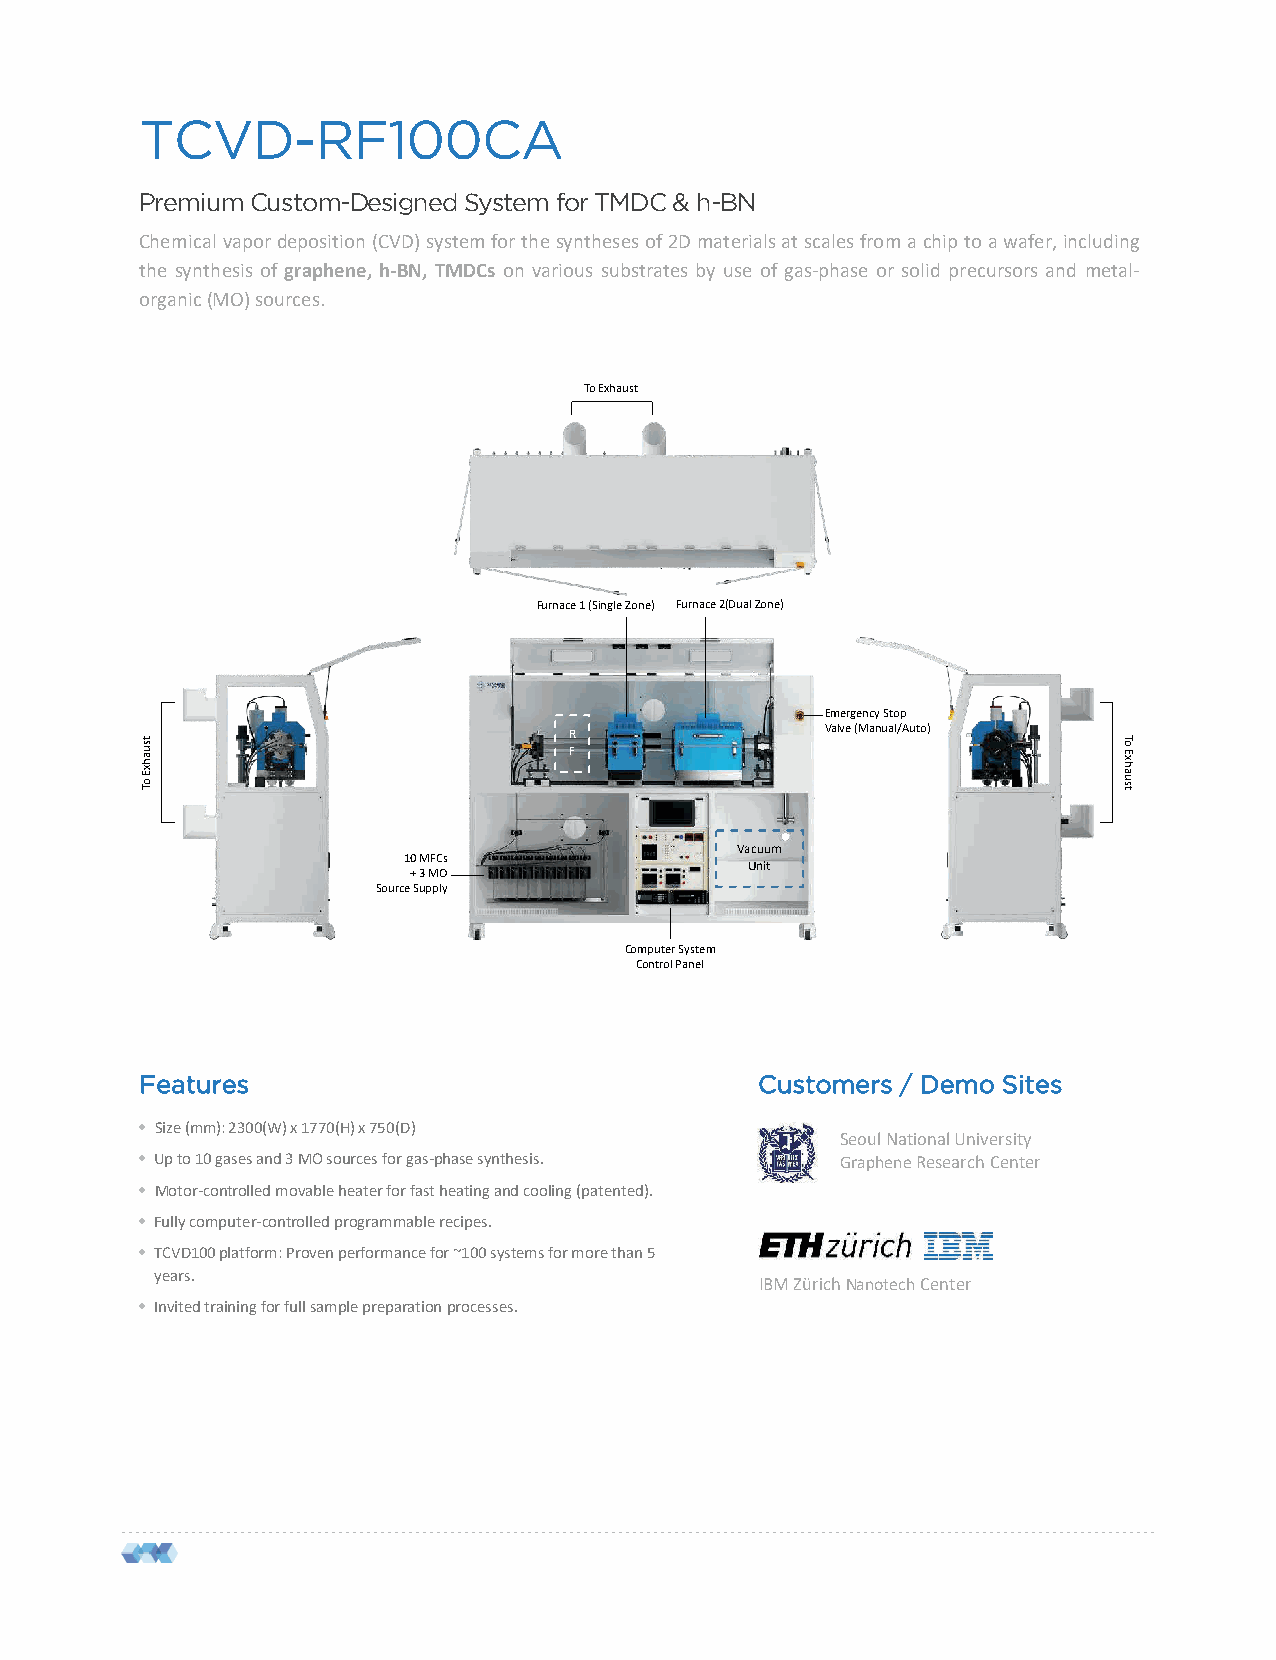
TCVD-RF100CA
 Premium Custom-Designed System for TMDC & h-BN
 Chemicalvapordeposition(CVD)systemforthesynthesesof2Dmaterialsatscalesfromachiptoawafer,including
 the synthesis of graphene, h-BN, TMDCs on various substrates by use of gas-phase or solid precursors and metal-
 organic(MO)sources.
 To Exhaust
 Furnace 1 (Single Zone) Furnace 2(Dual Zone)
 Emergency Stop
 R                Valve (Manual/Auto)
 F
 Vacuum
 10 MFCs
 Unit
 + 3 MO
 Source Supply
 Computer System
 Control Panel
 Features                                 Customers / Demo Sites
 • Size (mm): 2300(W) x 1770(H) x 750(D)
 Seoul National University
 • Up to 10 gases and 3 MO sources for gas-phase synthesis. GrapheneResearch Center
 • Motor-controlled movable heater for fast heating and cooling (patented).
 • Fully computer-controlled programmable recipes.
 • TCVD100 platform: Proven performance for ~100 systems for more than 5
 years.
 IBM Zürich NanotechCenter
 • Invited training for full sample preparation processes.
 tsuahxE
 oT
 To
 Exhaust